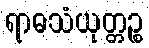
ရာဓသံယုတ္တဉ္စ